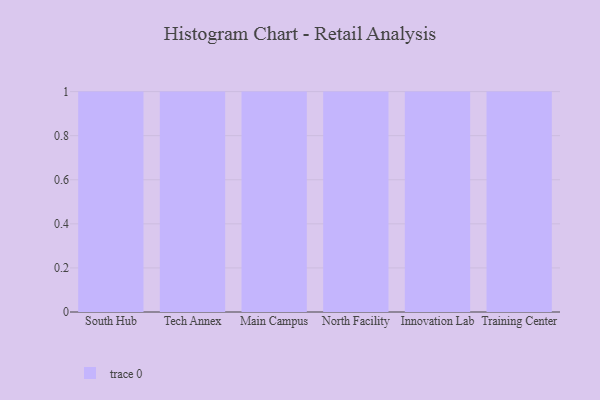
{"axis": {"x": "Campus", "y": "Tickets Resolved"}, "legend": [""], "data": [{"x": "South Hub", "y": 27, "type": ""}, {"x": "Tech Annex", "y": 88, "type": ""}, {"x": "Main Campus", "y": 70, "type": ""}, {"x": "North Facility", "y": 20, "type": ""}, {"x": "Innovation Lab", "y": 1, "type": ""}, {"x": "Training Center", "y": 14, "type": ""}]}